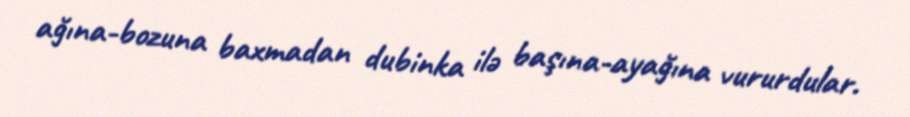
ağına-bozuna baxmadan dubinka ilə başına-ayağına vururdular.